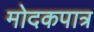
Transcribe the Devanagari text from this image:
मोदकपात्र